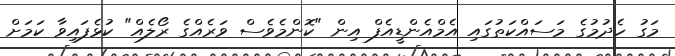
މަގު ހެދުމުގެ މަސައްކަތުގައި އެމްއެންޑީއެފް އިން "ކޮންމެވެސް ވަރެއްގެ ރޯލެއް" ކުޅެފައިވާ ކަމަށް